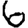
Digit: 6